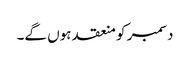
دسمبر کو منعقد ہوں گے۔